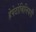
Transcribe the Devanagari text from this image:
हेपेटोबिलियरी